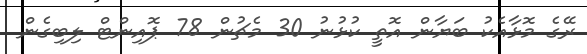
ރޭގެ މޮޅާއެކު ބަޔާން އޮތީ ކުޅުނު 30 މެޗުން 78 ޕޮއިންޓް ލިބިގެން